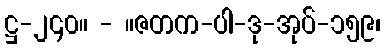
ဋ္ဌ-၂၄၀။ - ။ဇတက-ပါ-ဒု-အုပ်-၁၅၉၊